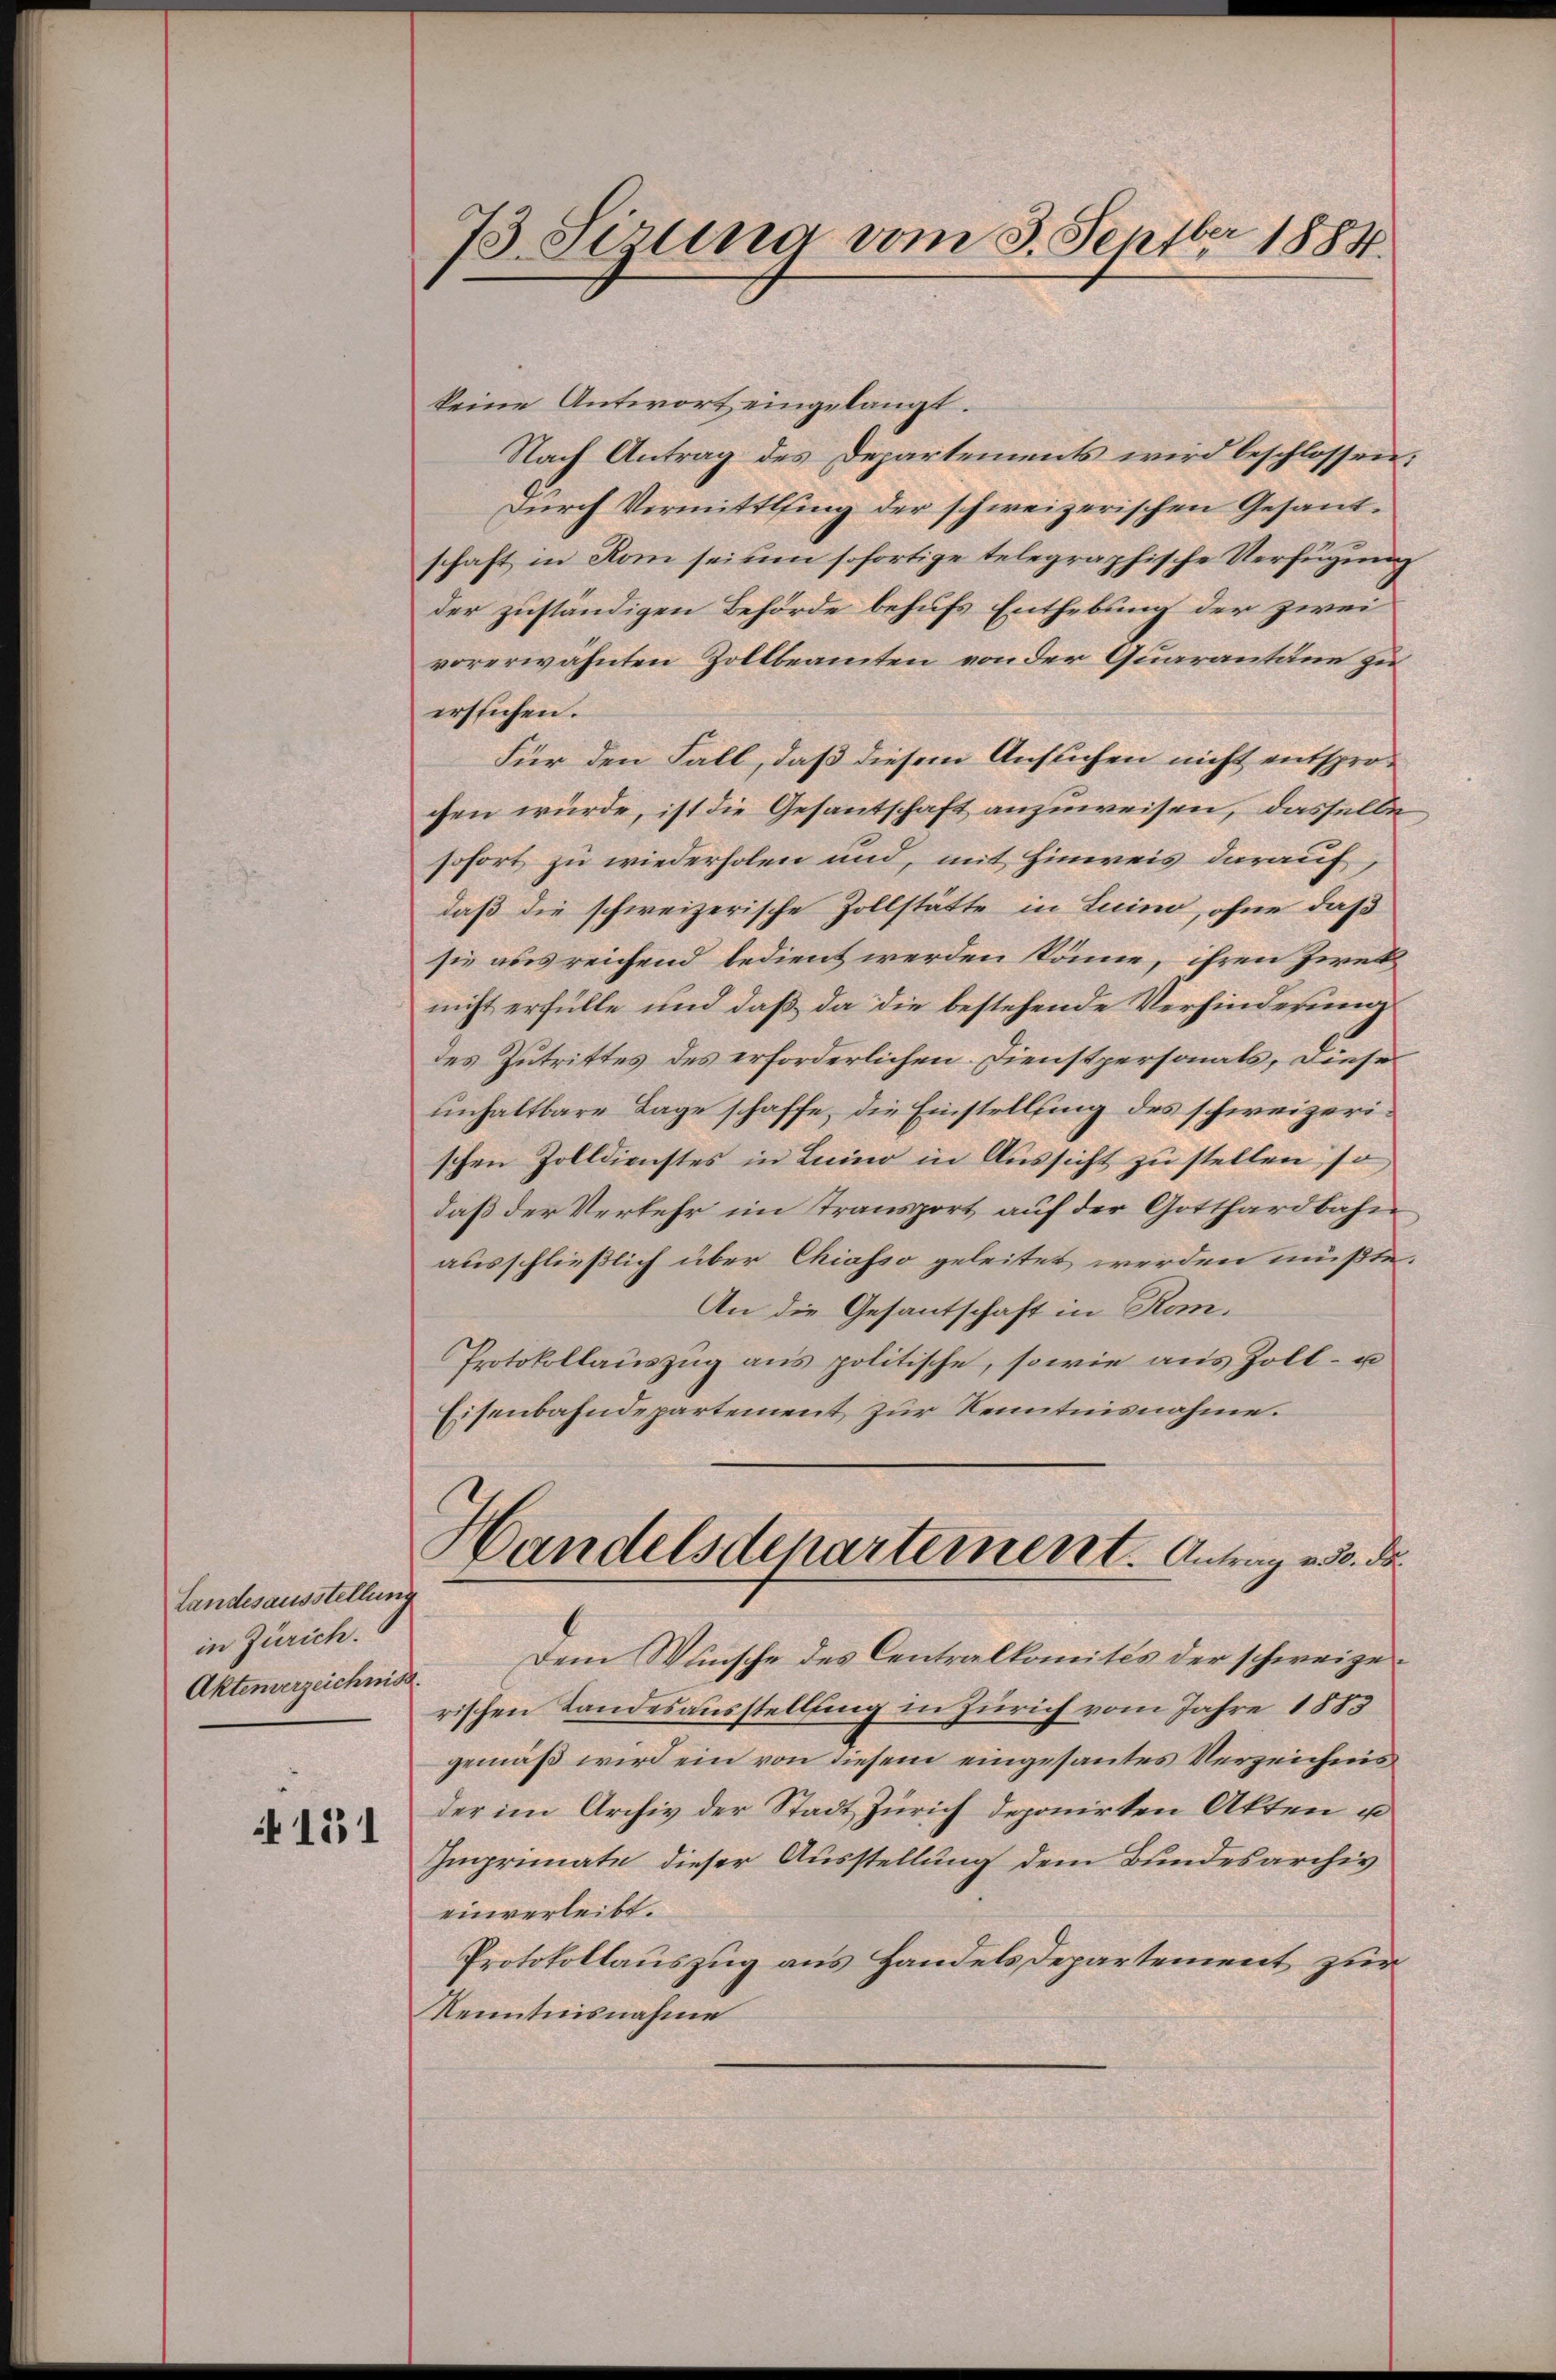
Landesausstellung
in Zürich.
Aktenverzeichnis.

151

73. Sizung vom 3. Septbr 1884.

keine Antwort eingelangt.
Nach Antrag des Departements wird beschlossen:
Durch Vermittling der schweizerischen Gesandschaft in Rom sei um sofortige telegraphische Verfügung
der zuständigen Behörde behufs Enthebung der zwei
vorerwähnten Zollbeamten von der Quarantane zu
erstichen.
Für den Fall, daß diesem Ansuchen nicht entsprochen würde, ist die Gesantschaft anzuweisen, dasselbe
sofort zu wiederholen und, mit Hinweis darauf,
daß die schweizerische Zollstätte in Luino, ohne daß
sie ausreichend bedient werden könne, ihren Zwek
nicht erfülle und daß da die bestehende Verhinderung
des Zutrittes des erforderlichen Dienstpersonals, diese
unhaltbare Lage schaffe, die Einstellung des schweizerischen Zolldienstes in Luino in Aussicht zu stellen, so
daß der Verkehr im Transport auf der Gotthardbahn
ausschließlich über Chiasso geleitet werden mußte.
An die Gesantschaft in Rom.
Protokollauszug aus politische, sowie aus Zoll- u
Eisenbahndepartement zur Kenntnisnahme.
Handelsdepartement. Antrag aus de
Dem Wunsche des Centralkomités der schweizerischen Landesausstellung in Zürich vom Jahre 1883
gemäß wird ein von diesem eingesantes Verzeichnis
der im Archiv der Stadt Zürich deponirten Akten u
Imprimate dieser Ausstellung dem Bundesarchiv
einverleibt.
Protokollauszug aus Handels Departement zur
Kenntnisnahme